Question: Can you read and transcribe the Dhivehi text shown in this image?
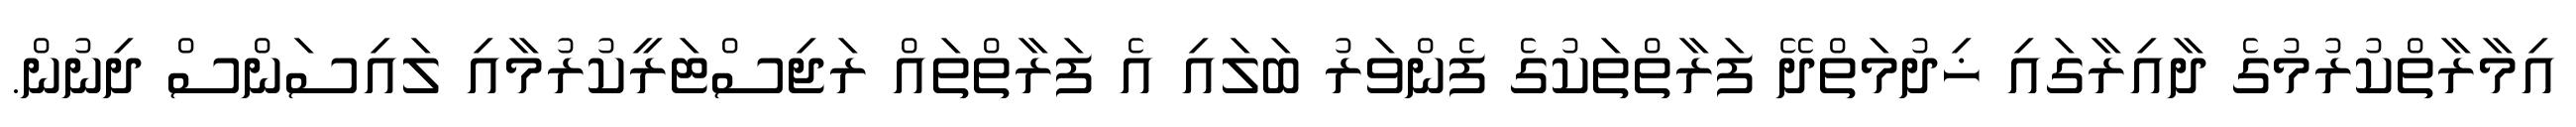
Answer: އިމާރާތްކުރުމުގެ ދާއިރާގައި ޚިދުމަތްދޭ ފަރާތްތަކުގެ ފެންވަރު ބަލައި އެ ފަރާތްތައް ރަޖިސްޓަރީކުރުމާއި ލައިސަންސް ދިނުން.